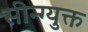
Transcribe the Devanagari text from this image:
सीन्ग्युक्त